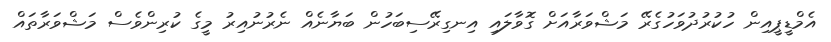
އެމްޑީޕީއިން ހުކުރުދުވަހުގެރޭ މަޝްވަރާއަށް ގޮވާލައި އިނގިރޭސިބަހުން ބަޔާނެއް ނެރުނުއިރު މީގެ ކުރިންވެސް މަޝްވަރާތައް